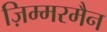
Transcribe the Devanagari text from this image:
ज़िम्मरमैन